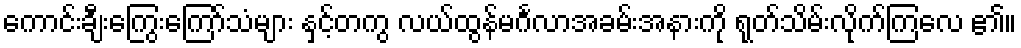
ကောင်းချီးကြွေးကြော်သံများ နှင့်တကွ လယ်ထွန်မင်္ဂလာအခမ်းအနားကို ရုတ်သိမ်းလိုက်ကြလေ ၏။